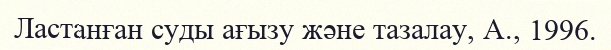
Ластанған суды ағызу және тазалау, А., 1996.